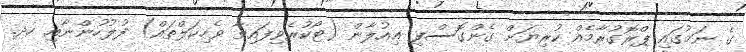
ގެ ނަމުގައި ޕްރޮގުރާމެއް ކުރިޔަށް ގެންގޮސްފި ޢިއުލާން (ޓޯކުރެވިފައިވާ ވެހިކަލްތައް) ފުލުހުންނާއި ހދ.